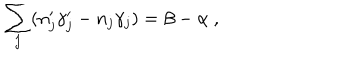
LaTeX: \sum _ { j } ( n _ { j } ^ { \prime } \gamma _ { j } ^ { \prime } - n _ { j } \gamma _ { j } ) = \beta - \alpha \ ,